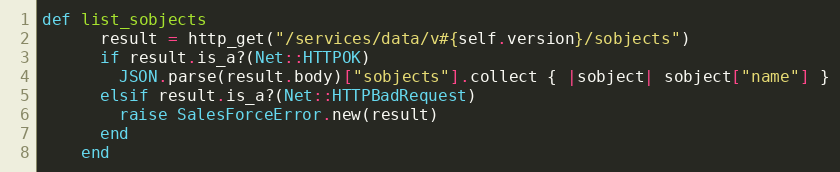
Language: Ruby
def list_sobjects
      result = http_get("/services/data/v#{self.version}/sobjects")
      if result.is_a?(Net::HTTPOK)
        JSON.parse(result.body)["sobjects"].collect { |sobject| sobject["name"] }
      elsif result.is_a?(Net::HTTPBadRequest)
        raise SalesForceError.new(result)
      end
    end